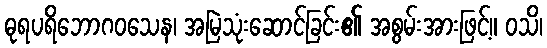
ဓုရပရိဘောဂဝသေန၊ အမြဲသုံးဆောင်ခြင်း၏ အစွမ်းအားဖြင့်။ ဝသိ၊